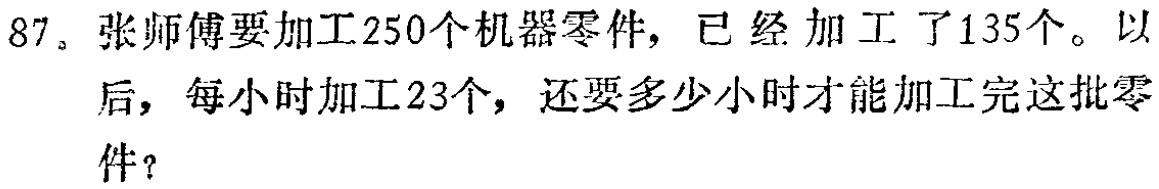
87. 张师傅要加工250个机器零件，已经加工了135个。以后，每小时加工23个，还要多少小时才能加工完这批零件？